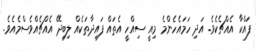
ފައްކާ އެއްޗެކެވެ. އަދި ހަމައެހެންމެ މިއީ ސިއްހީ އެތައް ފައިދާތަކެއް ލިބިދޭ އެއްޗެއްވެސްމެއެވެ.